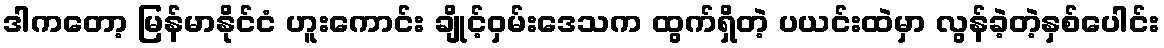
ဒါကတော့ မြန်မာနိုင်ငံ ဟူးကောင်း ချိုင့်ဝှမ်းဒေသက ထွက်ရှိတဲ့ ပယင်းထဲမှာ လွန်ခဲ့တဲ့နှစ်ပေါင်း